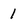
Character: 1